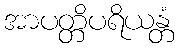
အာပတ္တိပရိယန္တံ